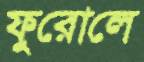
ফুরোলে